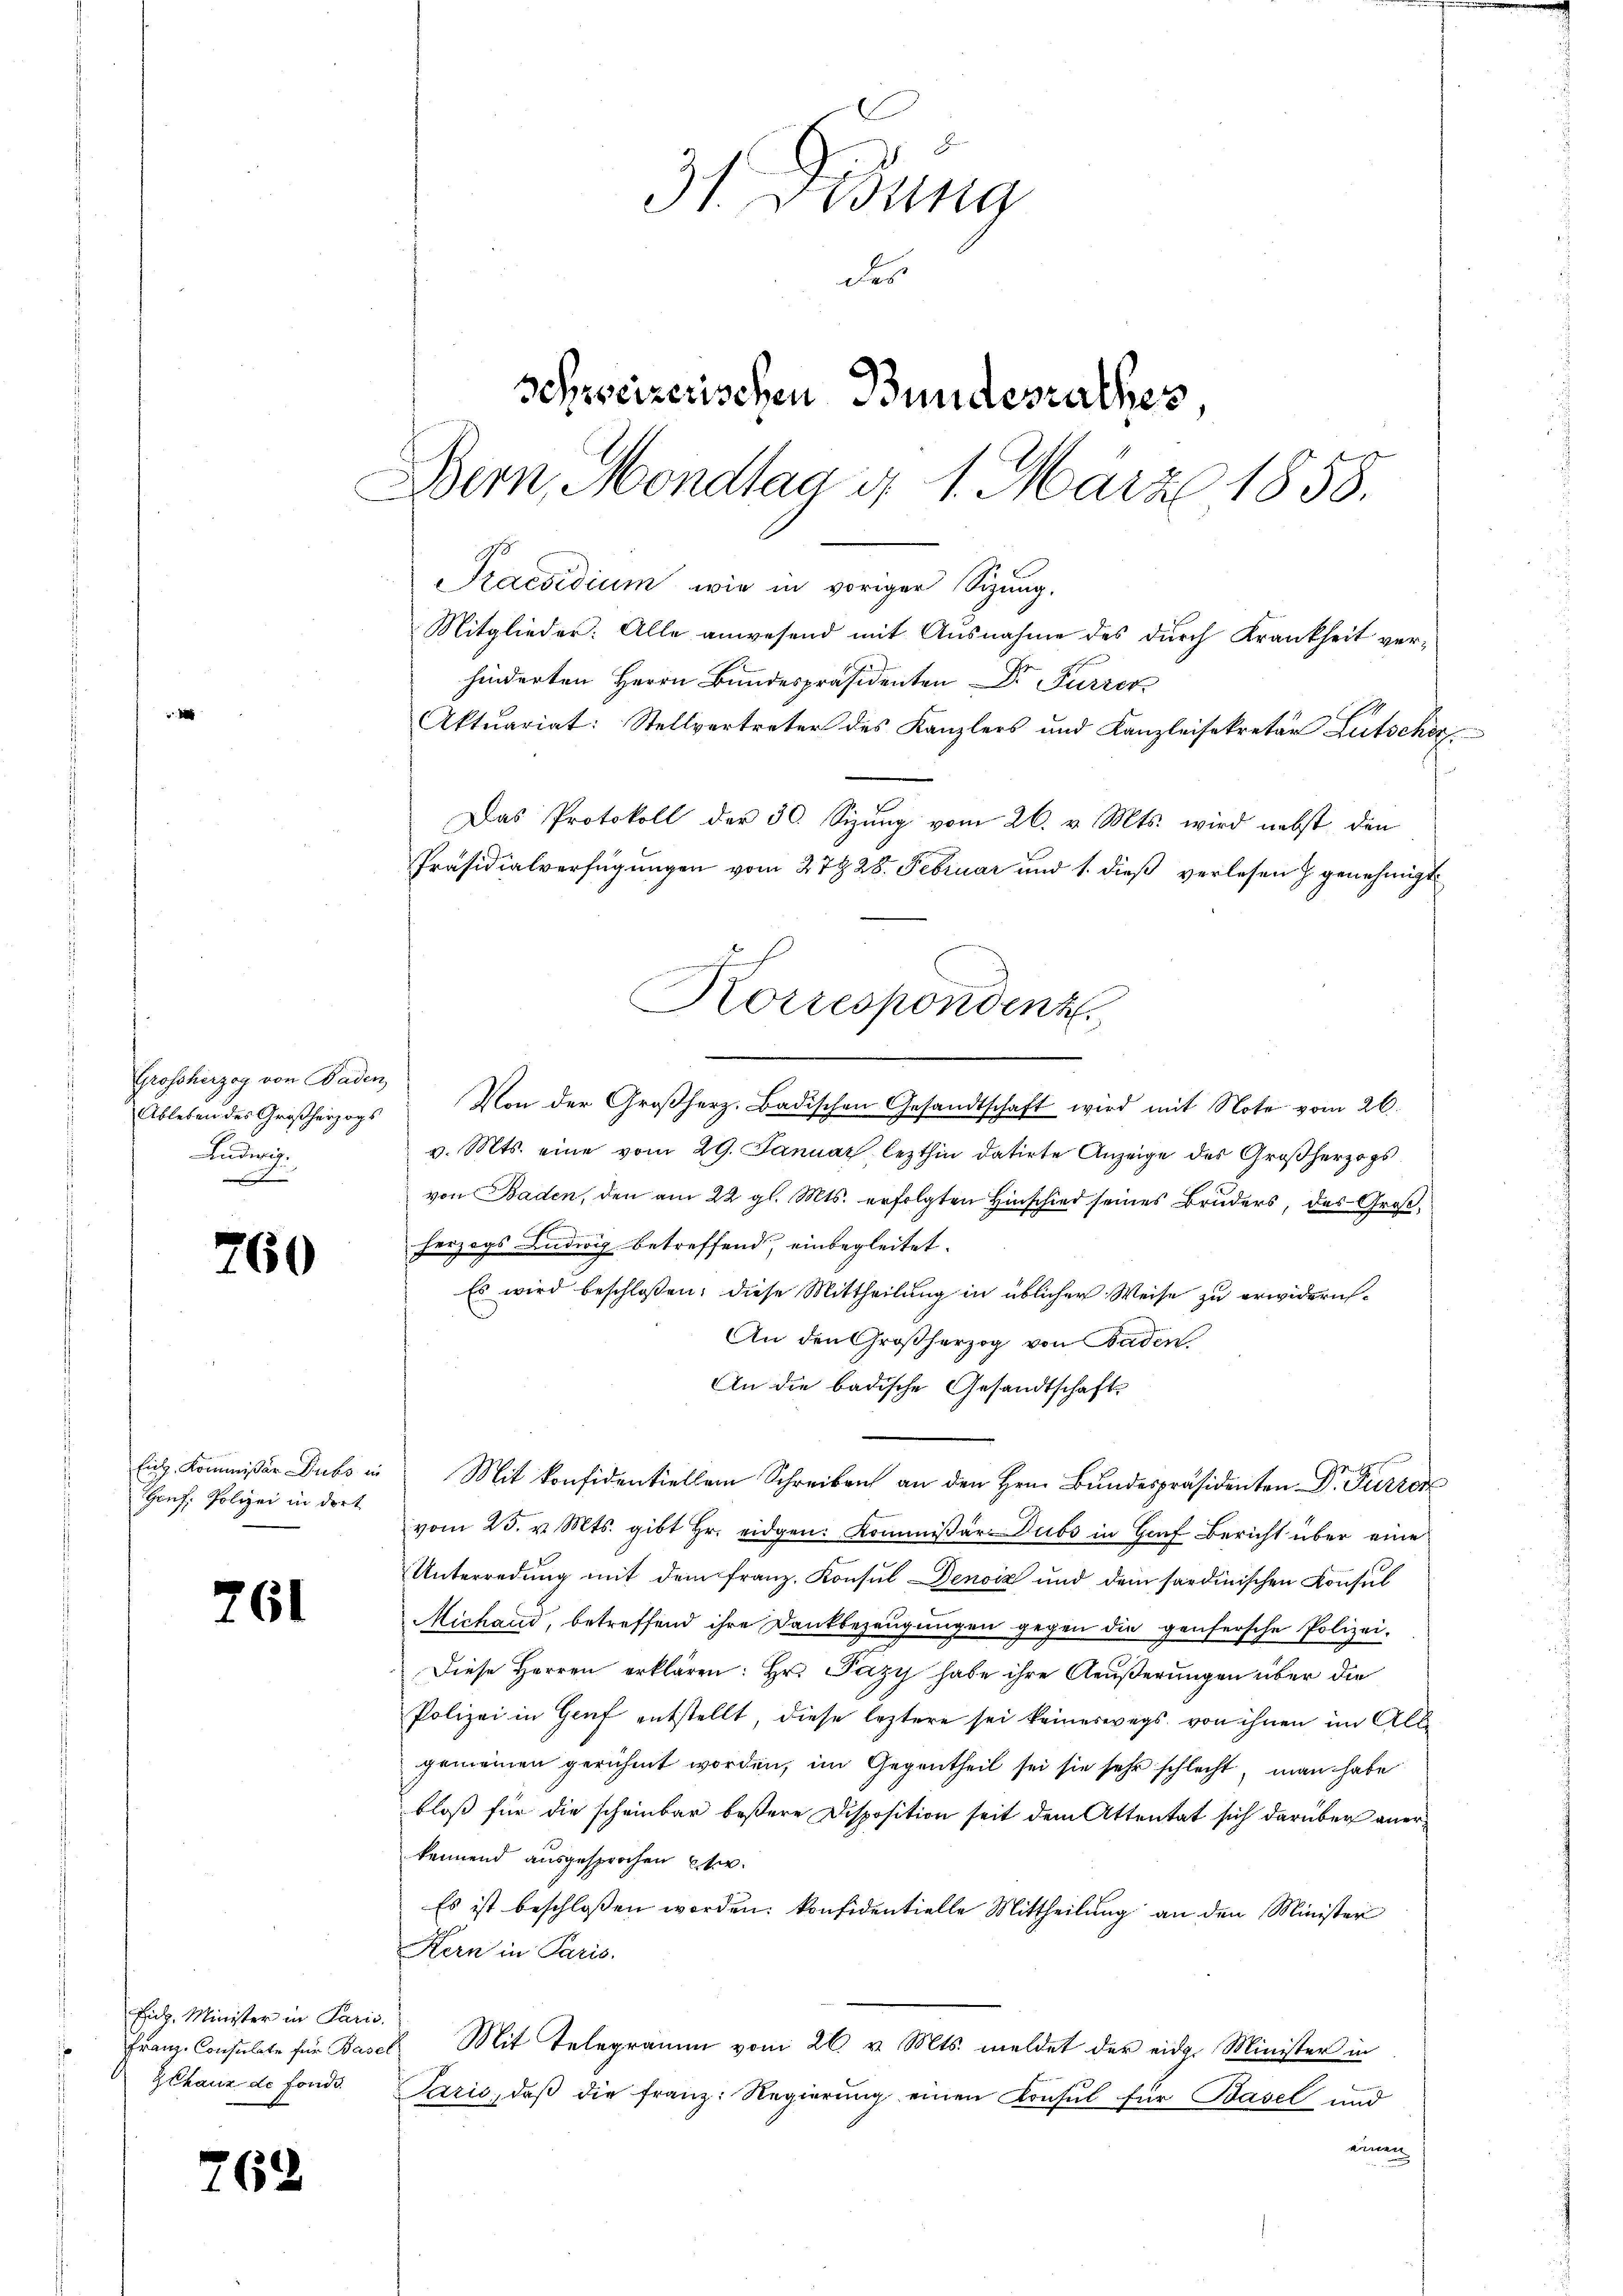
Grossherzog von Baden
Ableben des Großherzogs
Ludwig.
in |

760

Eich. Kommißär Dubs in
Honf. Polizei in dort

761

Fick. Minister in Paris.
Franz-Consulate für Basel
Z Chaux de fonds.

762

31 Didung
des
schweizerischen Bundesrathes,
Bern, Mondtag d. 1. März 1858.

Das Protokoll der 30. Sizung vom 26. v. Mts. wird nebst den
Präsidialverfügungen vom 27. 28. Februar und 1. dieß verlesen & genehmigt.
Korrespondenz

Praesidium wie in voriger Sizung.
Mitglieder: Alle anwesend mit Ausnahme des durch Krankheit verhinderten Herrn Bundespräsidenten Dr Furrer
Aktuariat: Stellvertreter des Kanzlers und Kanzleisekretär Lütscher
Von der Großherz. Badischen Gesandtschaft wird mit Note vom 26.
v. Mts. eine vom 29. Januar lezthin datirte Anzeige des Großherzogs
von Baden, den am 22 gl. Mts. erfolgten Hinschied seines Bruders, des Großherzogs Ludwig betreffend, einbegleitet.
Es wird beschlossen: diese Mittheilung in üblicher Weise zu erwidern,
An den Großherzog von Baden
An die badische Gesandtschaft
Mit Konfidentiellem Schreiben an den Hrn. Bundespräsidenten Dr. Furren
vom 25. v. Mts. gibt Hr. eidgen: Kommissär Dubs in Genf Bericht über eine
Unterredung mit dem Franz, Konsul Denoiz und dem sardinischen Konsul
Michand, betreffend ihre Dankbezeugungen gegen die genfersche Polizei-
Diese Herren erklären: Hr. Pazy habe ihre Aeußerungen über die
Polizei in Genf entstellt, diese leztere sei keineswegs von ihnen im All-
gemeinen gerühmt worden, im Gegentheil sei sie sehr schlecht, man habe
bloß für die scheinbar beßere Disposition seit dem Attentat sich darüber anerkennend ausgesprochen ste
Es ist beschlossen worden, konfidentielle Mittheilung an den Minister
Kern in Paris.
Mit Telegramm vom 26. v. Mts. meldet der eidg. Minister in
Paris, daβ die franz: Regierŭng einen Konsul für Basel und
einen